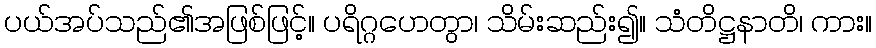
ပယ်အပ်သည်၏အဖြစ်ဖြင့်။ ပရိဂ္ဂဟေတွာ၊ သိမ်းဆည်း၍။ သံတိဋ္ဌနာတိ၊ ကား။